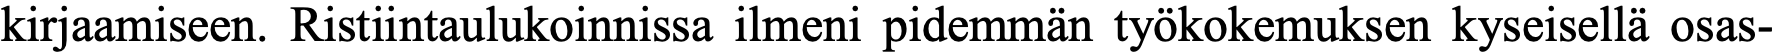
kirjaamiseen. Ristiintaulukoinnissa ilmeni pidemmän työkokemuksen kyseisellä osas-